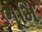
ભૂમિ